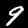
Digit: 9